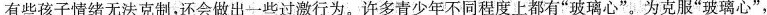
有些孩子情绪无法克制，还会做出一些过激行为。许多青少年不同程度上都有”玻璃心”。为克服”玻璃心”，